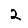
Digit: 2